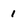
Character: 1